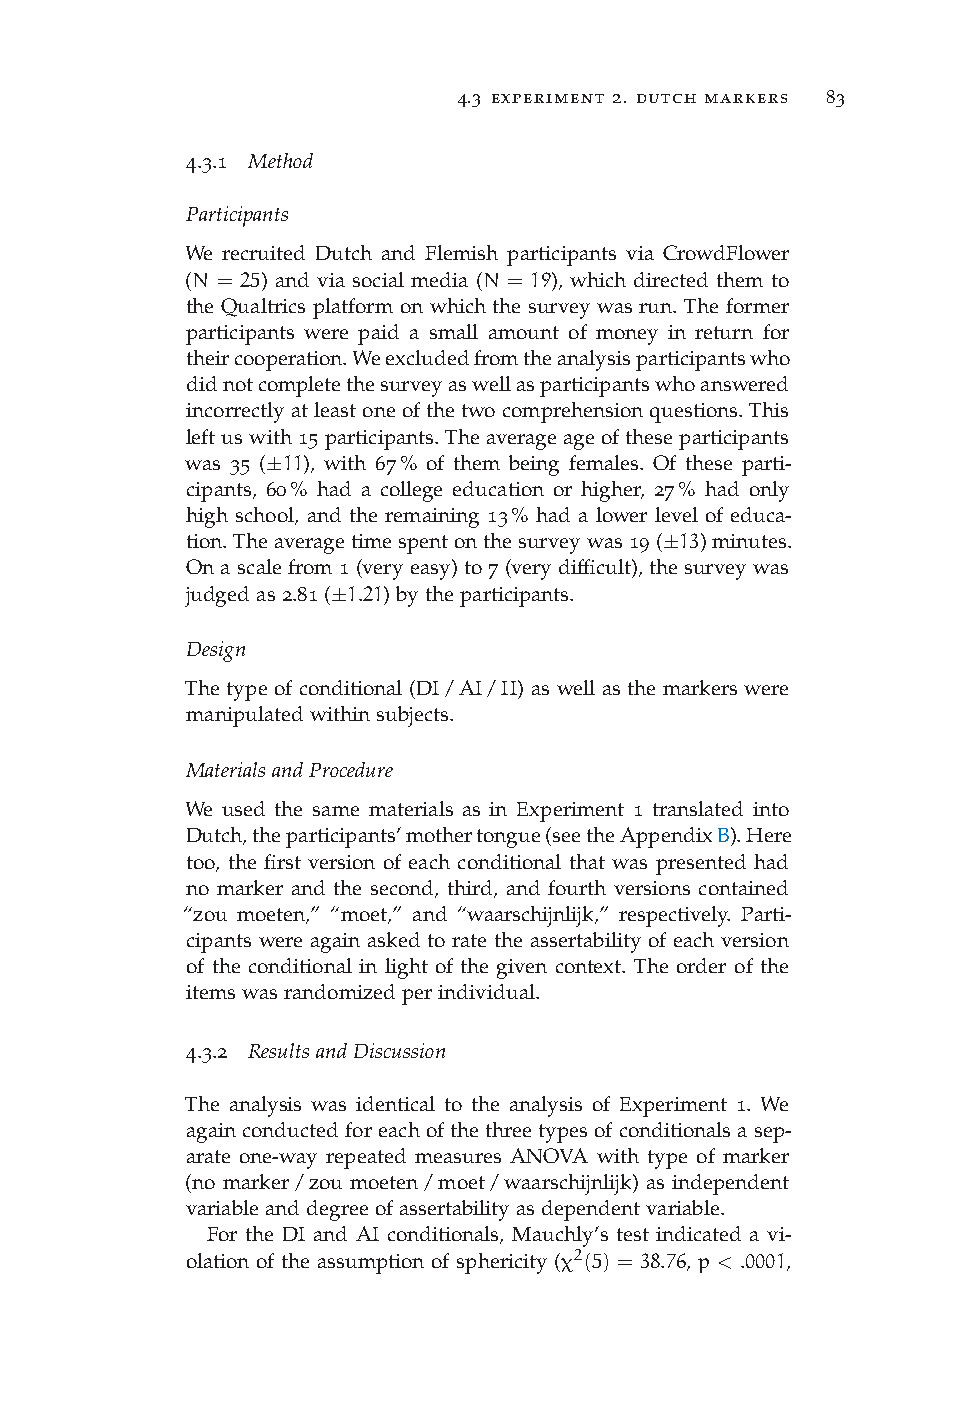
4.3 experiment 2. dutch markers 83
 4.3.1 Method
 Participants
 We recruited Dutch and Flemish participants via CrowdFlower
 (N = 25) and via social media (N = 19), which directed them to
 the Qualtrics platform on which the survey was run. The former
 participants were paid a small amount of money in return for
 theircooperation.Weexcludedfromtheanalysisparticipantswho
 didnotcompletethesurveyaswellasparticipantswhoanswered
 incorrectlyatleastoneofthetwocomprehensionquestions.This
 leftuswith15participants.Theaverageageoftheseparticipants
 was 35 (±11), with 67% of them being females. Of these parti-
 cipants, 60% had a college education or higher, 27% had only
 high school, and the remaining 13% had a lower level of educa-
 tion.Theaveragetimespentonthesurveywas19(±13)minutes.
 On a scale from 1 (very easy) to 7 (very difficult), the survey was
 judgedas2.81(±1.21)bytheparticipants.
 Design
 The type of conditional (DI/AI/II) as well as the markers were
 manipulatedwithinsubjects.
 MaterialsandProcedure
 We used the same materials as in Experiment 1 translated into
 Dutch,theparticipants’mothertongue(seetheAppendixB).Here
 too, the first version of each conditional that was presented had
 no marker and the second, third, and fourth versions contained
 “zou moeten,” “moet,” and “waarschijnlijk,” respectively. Parti-
 cipants were again asked to rate the assertability of each version
 of the conditional in light of the given context. The order of the
 itemswasrandomizedperindividual.
 4.3.2 ResultsandDiscussion
 The analysis was identical to the analysis of Experiment 1. We
 againconductedforeachofthethreetypesofconditionalsasep-
 arate one-way repeated measures ANOVA with type of marker
 (no marker/zou moeten/moet/waarschijnlijk) as independent
 variableanddegreeofassertabilityasdependentvariable.
 For the DI and AI conditionals, Mauchly’s test indicated a vi-
 olation of the assumption of sphericity (χ2(5) = 38.76, p < .0001,